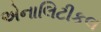
એનાલિટીકલ